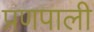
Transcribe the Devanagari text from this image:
प्रणपाली